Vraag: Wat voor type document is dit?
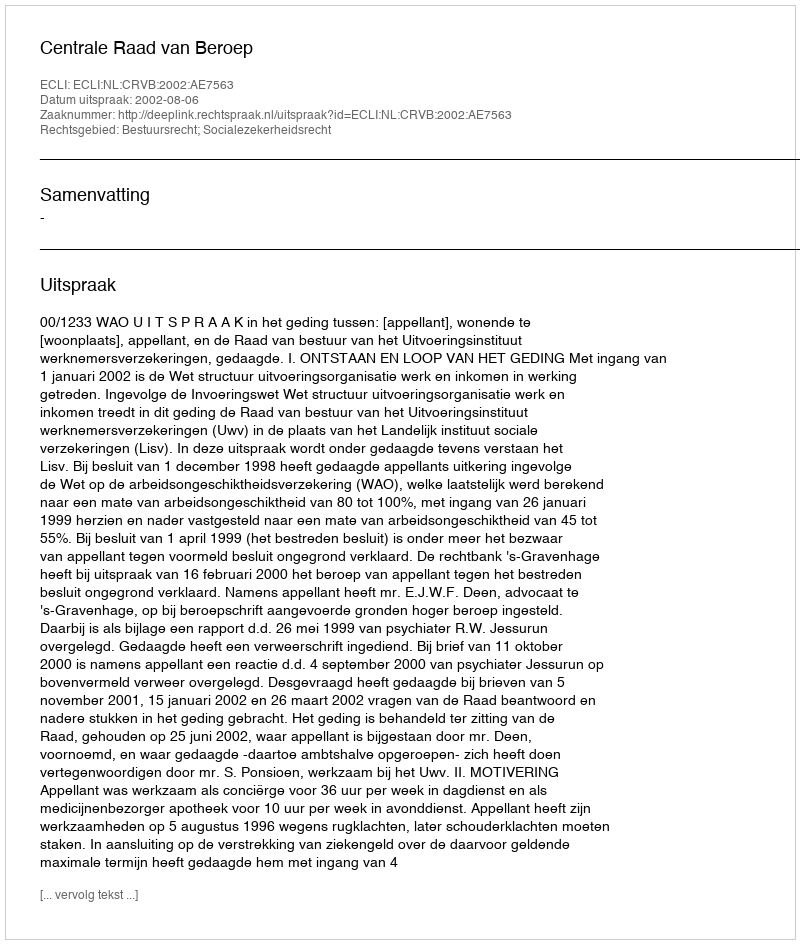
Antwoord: Uitspraak